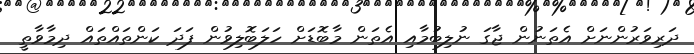
ދަރިވަރުންނަށް އެތަނުން ޖާގަ ނުލިބުމާއި އެތަން މާބޮޑަށް ހަލަބޮލިވުން ފަދަ ކަންތައްތައް ދިމާވާތީ